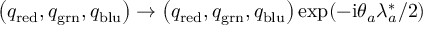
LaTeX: \left( q _ { \mathrm { r e d } } , q _ { \mathrm { g r n } } , q _ { \mathrm { b l u } } \right) \rightarrow \left( q _ { \mathrm { r e d } } , q _ { \mathrm { g r n } } , q _ { \mathrm { b l u } } \right) \exp ( - \mathrm { i } \theta _ { a } \lambda _ { a } ^ { \ast } / 2 )